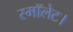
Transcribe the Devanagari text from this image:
स्मॉलेट।